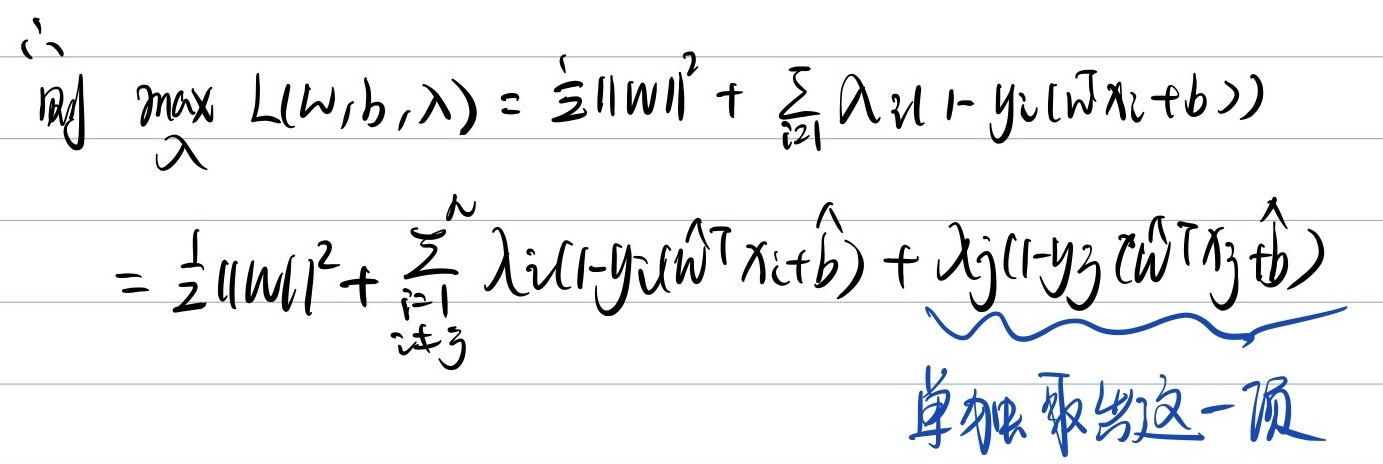
所以
\(\max_{\lambda} L(w,b,\lambda)=\frac{1}{2}\|w\|^2+\sum_{i = 1}^{N}\lambda_i(1 - y_i(w^T x_i + b))\)
\(=\frac{1}{2}\|w\|^2+\sum_{\substack{i = 1\\i\neq j}}^{N}\lambda_i(1 - y_i(\hat{w}^T x_i+\hat{b}))+\lambda_j(1 - y_j(\hat{w}^T x_j+\hat{b}))\)

单独取出这一项：\(\lambda_j(1 - y_j(\hat{w}^T x_j+\hat{b}))\)